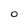
Character: 0